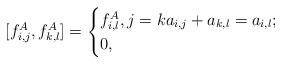
LaTeX: \begin{align*}[f_{i,j}^A,f_{k,l}^A]=\begin{cases}f_{i,l}^A,j=ka_{i,j}+a_{k,l}=a_{i,l};\\0, \end{cases}\end{align*}